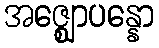
အဇ္ဈောပန္နော